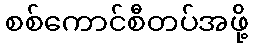
စစ်ကောင်စီတပ်အဖို့